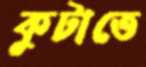
কুটাতে